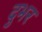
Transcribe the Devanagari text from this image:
दुभर